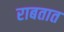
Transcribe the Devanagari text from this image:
राबतात